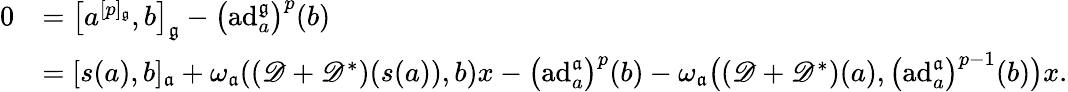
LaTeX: \begin{array}{rl}{0}&{=\big[a^{[p]_{\mathfrak{g}}},b\big]_{\mathfrak{g}}-\bigl(\mathrm{ad}_{a}^{\mathfrak{g}}\bigr)^{p}(b)}\\ &{=[s(a),b]_{\mathfrak{a}}+\omega_{\mathfrak{a}}(({\mathscr D}+{\mathscr D}^{*})(s(a)),b)x-\bigl(\mathrm{ad}_{a}^{\mathfrak{a}}\bigr)^{p}(b)-\omega_{\mathfrak{a}}\bigl(({\mathscr D}+{\mathscr D}^{*})(a),\bigl(\mathrm{ad}_{a}^{\mathfrak{a}}\bigr)^{p-1}(b)\bigr)x.}\end{array}